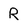
Character: R